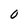
Character: 0